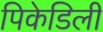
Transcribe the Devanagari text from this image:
पिकेडिली